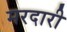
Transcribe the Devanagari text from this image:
मरदारी